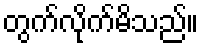
တွက်လိုက်မိသည်။